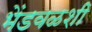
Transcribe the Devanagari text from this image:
भेंडवळशी